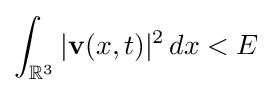
\int _{\mathbb {R} ^{3}}\vert \mathbf {v} (x,t)\vert ^{2}\,dx<E